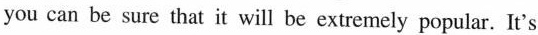
you can be sure that it will be extremely popular. It's